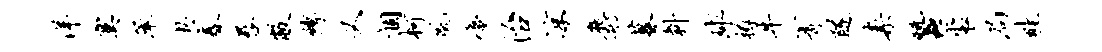
洋寞承奥春晷敝缚又涸柯航蜃治凉麝暮料球樽牛箐隧案蚕裘局畦